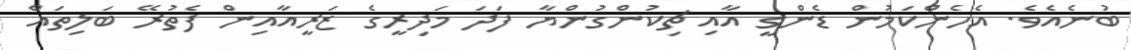
ބުނެއެވެ. އެހެންކަމުން ޑެންގީ އާއި ޗިކުންގުންޔާ ފަދަ މަދިރީގެ ޒަރީއާއިން ފެތުރޭ ބަލިތައް